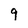
Character: 9